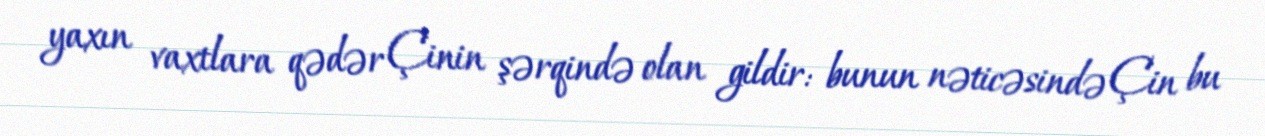
yaxın vaxtlara qədər Çinin şərqində olan gildir: bunun nəticəsində Çin bu